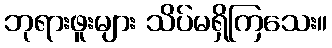
ဘုရားဖူးများ သိပ်မရှိကြသေး။